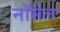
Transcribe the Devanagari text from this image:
नाॅर्मल